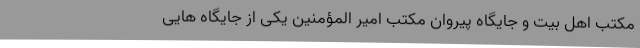
مکتب اهل بیت و جایگاه پیروان مکتب امیر المؤمنین یکی از جایگاه هایی